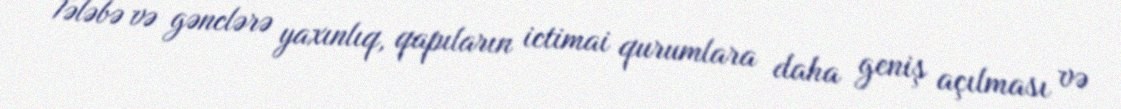
Tələbə və gənclərə yaxınlıq, qapıların ictimai qurumlara daha geniş açılması və